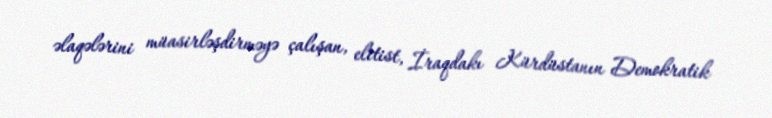
əlaqələrini müasirləşdirməyə çalışan, elitist, İraqdakı Kürdüstanın Demokratik